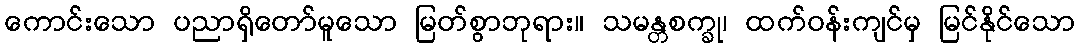
ကောင်းသော ပညာရှိတော်မူသော မြတ်စွာဘုရား။ သမန္တစက္ခု၊ ထက်ဝန်းကျင်မှ မြင်နိုင်သော